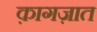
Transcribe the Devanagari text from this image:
क़ागज़ात